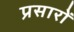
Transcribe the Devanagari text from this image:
प्रसारों